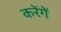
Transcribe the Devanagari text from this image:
करेंगेें